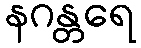
နဂန္တရေ